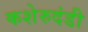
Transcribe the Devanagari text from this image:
कशेरुदंडी